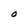
Character: O